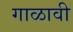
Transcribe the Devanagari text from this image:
गाळावी